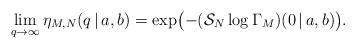
LaTeX: \begin{align*}\lim\limits_{q\rightarrow\infty} \eta_{M, N}(q\,|\,a, b) =\exp\bigl(-(\mathcal{S}_N \log\Gamma_M)(0\,|\,a, b)\bigr).\end{align*}